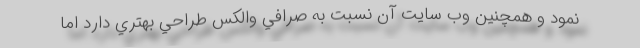
نمود و همچنين وب سايت آن نسبت به صرافي والكس طراحي بهتري دارد اما